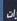
لت